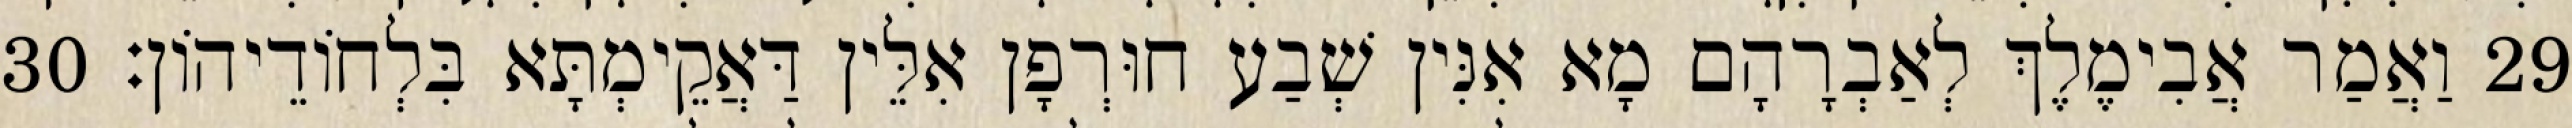
29 וַאֲמַר אֲבִימֶלֶךְ לְאַבְרָהָם מָא אִנִּין שְׁבַע חוּרְפָן אִלֵּין דַּאֲקֵימְתָּא בִּלְחוֹדֵיהוֹן׃ 30